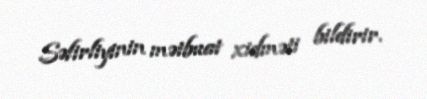
Səfirliyinin mətbuat xidməti bildirir.